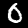
Label: 0